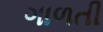
ગાળતી